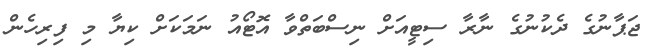
ޖަޕާނުގެ ދެކުނުގެ ނާރާ ސިޓީއަށް ނިސްބަތްވާ އޮޓޯއު ނަމަކަށް ކިޔާ މި ފިރިހެން